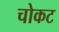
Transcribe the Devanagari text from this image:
चोकट